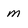
Character: m